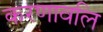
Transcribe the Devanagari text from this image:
करणावलि